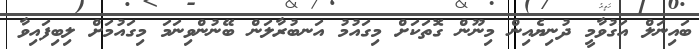
ބައިނަލް އަގުވާމީ ދުނިޔެއިން މިނޫން ގޮތަކަށް މިގައުމު އަނބުރާލަން ބޭނުންވިނަމަ މިގައުމަށް ލިބިފައިވާ